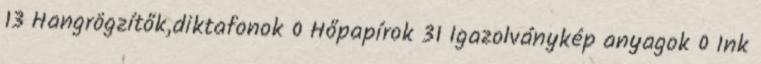
13 Hangrögzítők,diktafonok 0 Hőpapírok 31 Igazolványkép anyagok 0 Ink